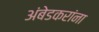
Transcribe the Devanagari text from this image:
अंबेडकरांना